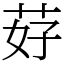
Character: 䒵